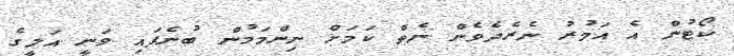
ކޯޓުން އެ އަމުރު ނެރެދެވެން ނެތް ކަމަށް ނިންމަމުން ބުނެފައި ވަނީ އަލީގެ